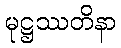
မုဋ္ဌဿတိနာ